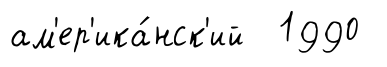
ам'ер'ика́нск'ий 1990